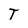
Character: T